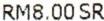
RM8.00 SR